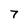
Character: 7